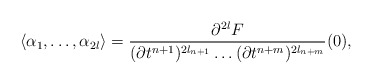
\begin{align*}\langle \alpha_1,\dots,\alpha_{2l}\rangle=\frac{\partial^{2l}F}{(\partial t^{n+1})^{2l_{n+1}}\dots (\partial t^{n+m})^{2l_{n+m}}}(0),\end{align*}